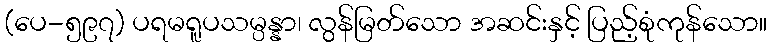
(ပေ-၅၉၇) ပရမရူပသမ္ပန္နာ၊ လွန်မြတ်သော အဆင်းနှင့် ပြည့်စုံကုန်သော။